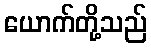
ယောက်တို့သည်